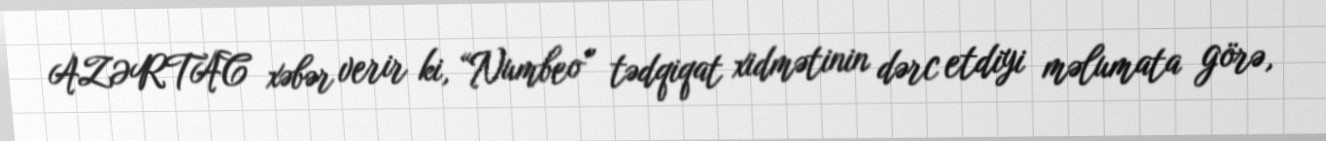
AZƏRTAC xəbər verir ki, “Numbeo” tədqiqat xidmətinin dərc etdiyi məlumata görə,